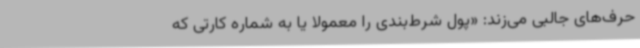
حرف‌های جالبی می‌زند: «پول شرط‌بندی را معمولاً یا به شماره کارتی که